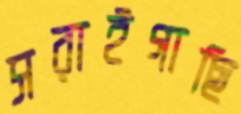
সরাইগাছি